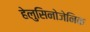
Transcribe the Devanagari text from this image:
हेलुसिनोजेनिक